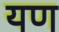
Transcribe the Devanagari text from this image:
यण